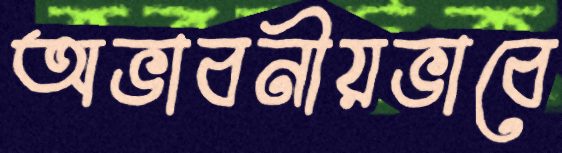
অভাবনীয়ভাবে